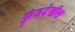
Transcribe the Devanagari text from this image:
कुंडदेखील